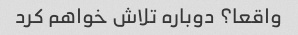
واقعا؟ دوباره تلاش خواهم کرد